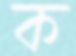
ক